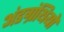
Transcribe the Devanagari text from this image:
अंडग्रंथियों